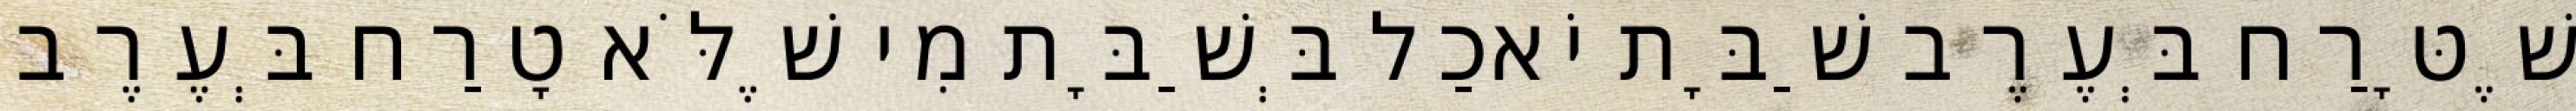
שֶׁטָּרַח בְּעֶרֶב שַׁבָּת יֹאכַל בְּשַׁבָּת מִי שֶׁלֹּא טָרַח בְּעֶרֶב